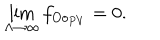
LaTeX: \lim _ { \Lambda \to \infty } f _ { O o _ { P V } } = 0 .